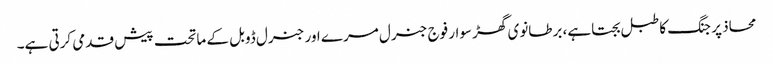
محاذ پر جنگ کا طبل بجتا ہے، برطانوی گھڑ سوار فوج جنرل مرے اور جنرل ڈوبل کے ماتحت پیش قدمی کرتی ہے۔